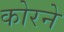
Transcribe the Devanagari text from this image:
कोरने